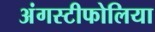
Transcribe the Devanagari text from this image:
अंगस्टीफोलिया